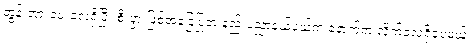
တွန်းအားပေးလေ့ရှိပြီး စီးပွားဖြစ်အခြေပြုတဲ့ နည်းပညာနယ်ပယ်က နောက်က လိုက်လေ့ရှိပေမယ့်